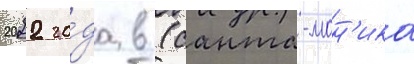
2022 го́да в (санта-мон'ика